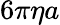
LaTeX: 6\pi\eta a